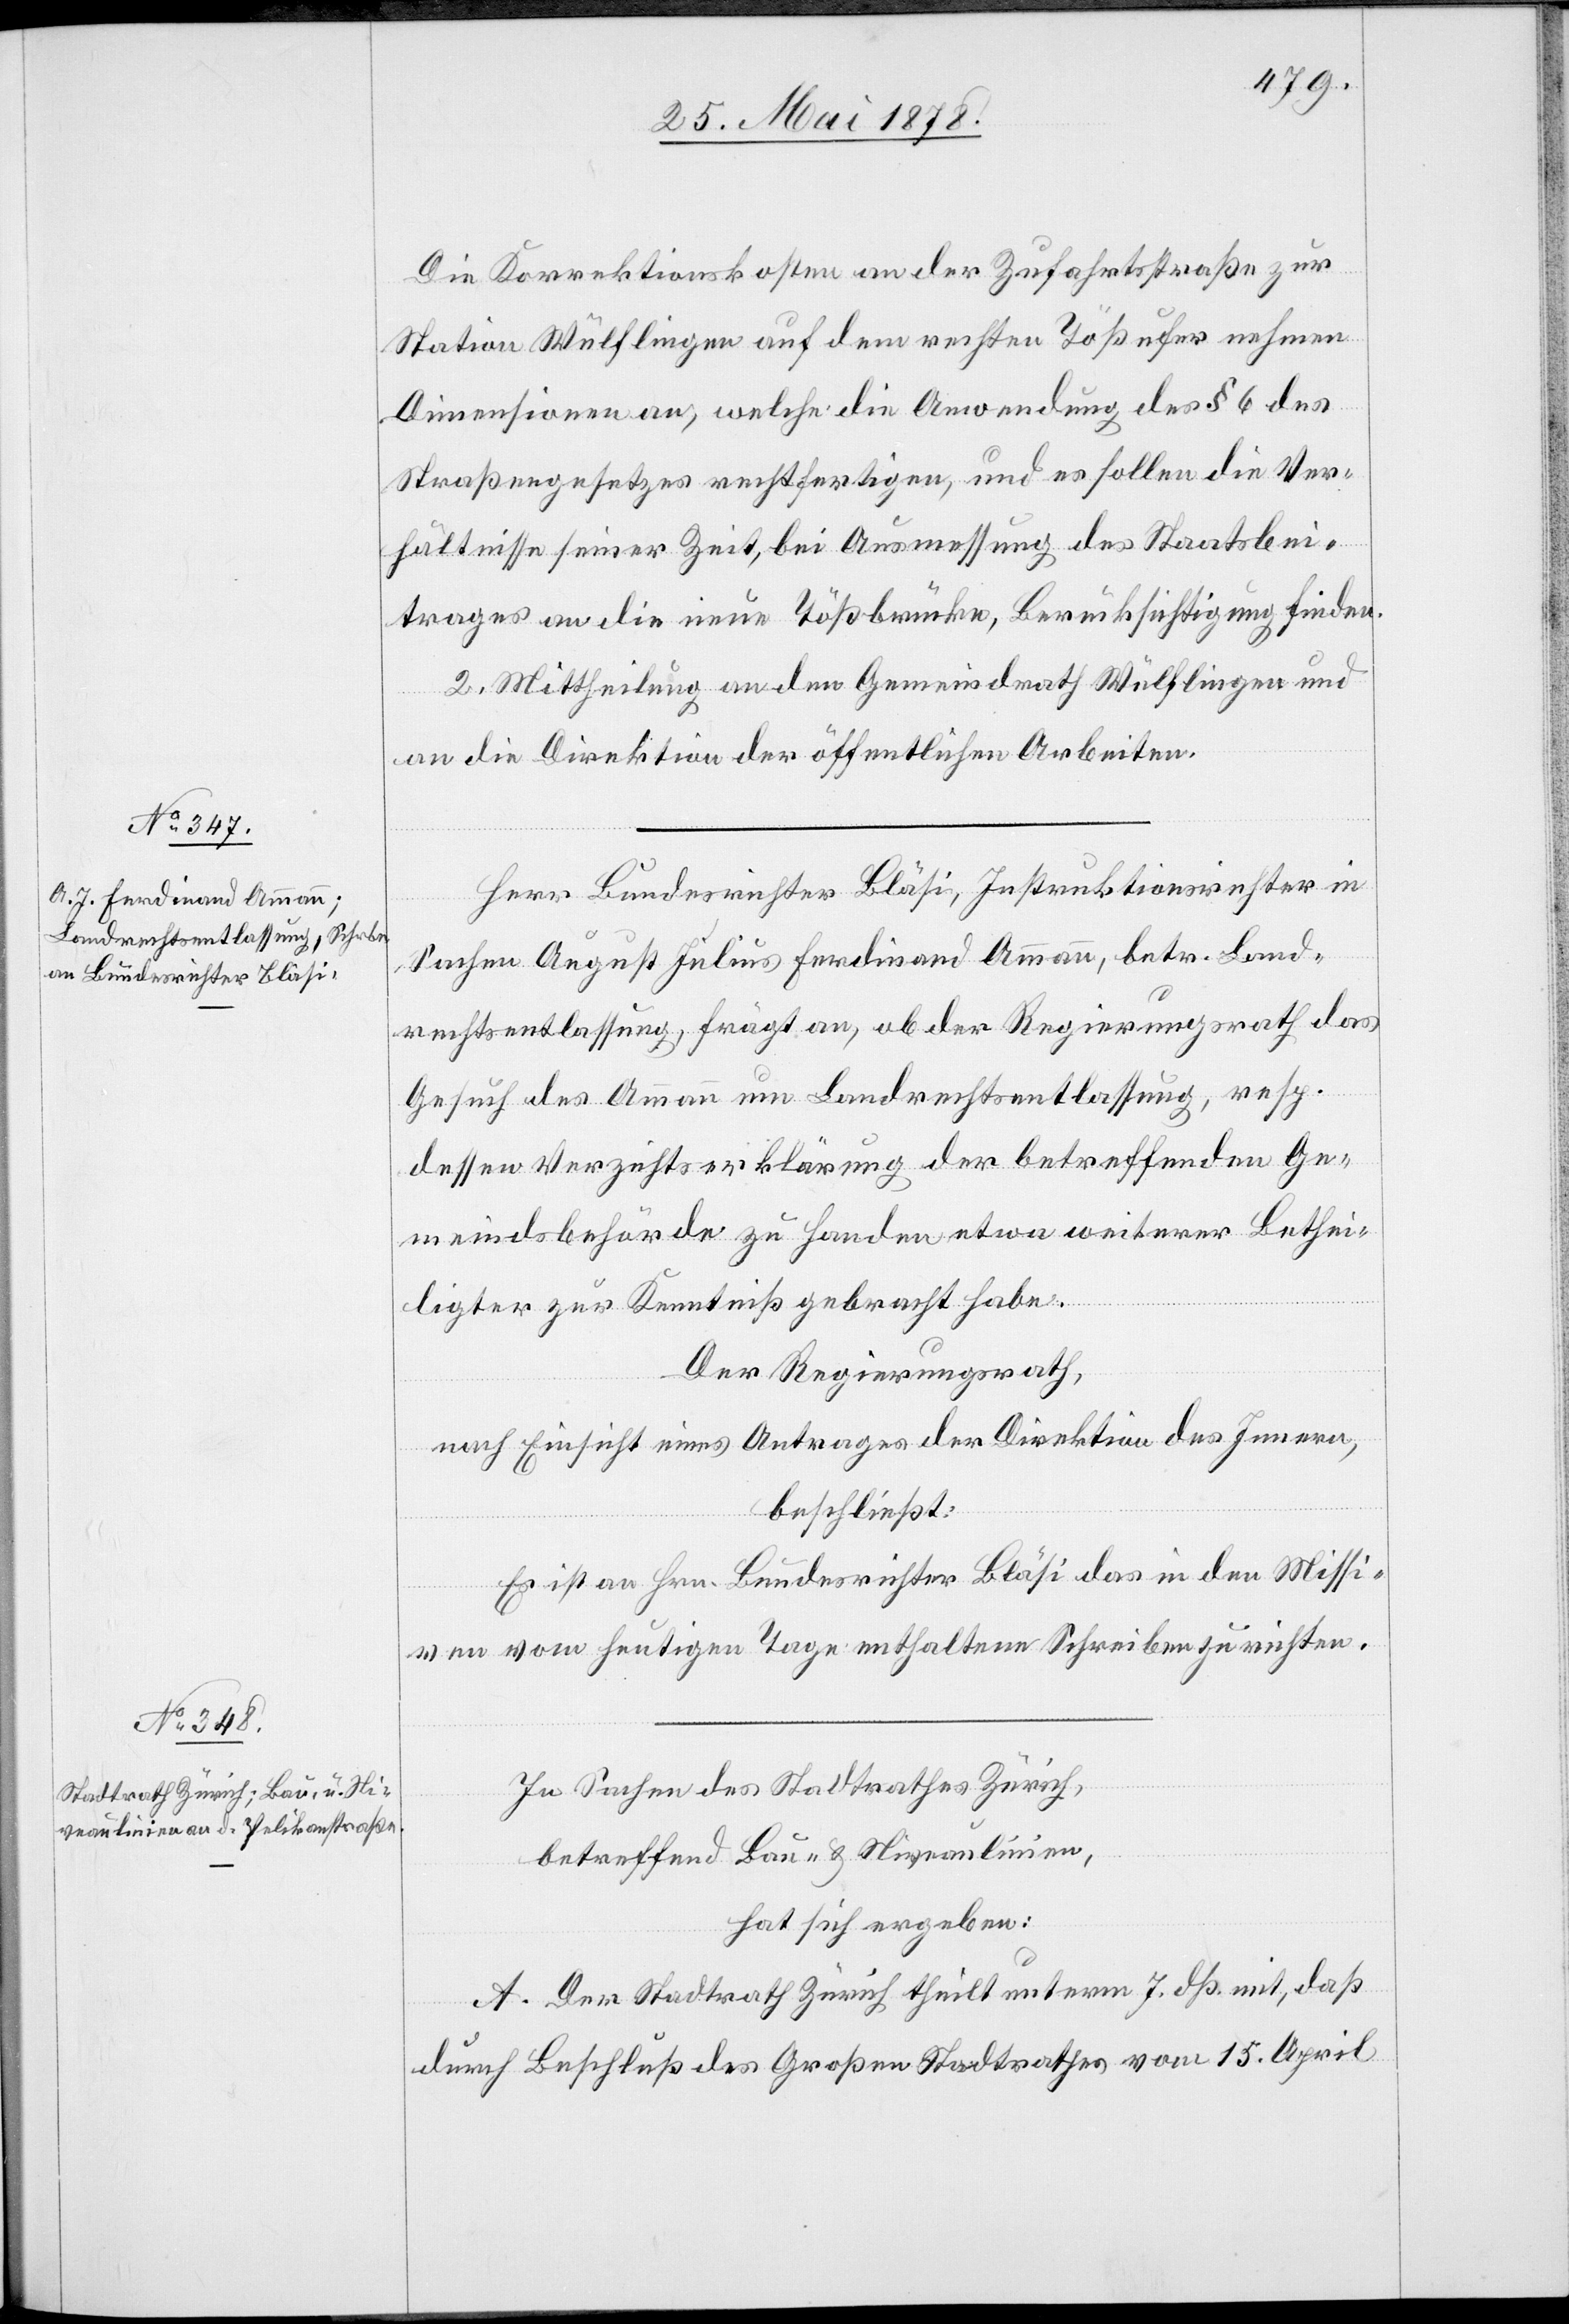
Die Korrektionskosten an der Zufahrtsstraße zur
Station Wülflingen auf dem ersten Tößufer nehmen
Dimensionen an, welche die Anwendung des § 6 des
Straßengesetzes rechtfertigen, und es sollen die Ver¬
hältnisse seiner Zeit, bei Ausmessung des Staatsbei¬
trages an die neuen Tößbrücke, Berücksichtigung finden.
2. Mittheilung an den Gemeindrath Wülflingen und
an die Direktion der öffentlichen Arbeiten.
Herr Bundesrichter Bläsi, Instruktionsrichter in
Sachen August Julius Ferdinand Ammann, betr. Land¬
rechtsentlassung, frägt an, ob der Regierungsrath das
Gesuch des Ammann um Landrechtsentlassung, resp.
dessen Verzichtserklärung der betreffenden Ge¬
meindsbehörde zu Handen etwa weiterer Bethei¬
ligter zur Kenntniß gebracht habe.
Der Regierungsrath,
nach Einsicht eines Antrages der Direktion des Innern,
beschließt:
Es ist an Hrn. Bundesrichter Bläsi das in den Missi¬
ven vom heutigen Tage enthaltene Schreiben zu richten.
In Sachen des Stadtrathes Zürich,
betreffend Bau- & Niveaulinien,
hat sich ergeben:
A. Der Stadtrath Zürich theilt unterm 7. dß. mit, dass
durch Beschluß des Großen Stadtrathes vom 15. April